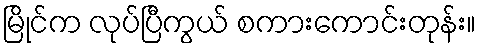
မြိုင်က လုပ်ပြီကွယ် စကားကောင်းတုန်း။